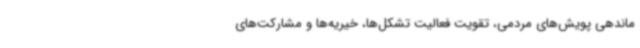
ماندهی پویش‌های مردمی، تقویت فعالیت تشکل‌ها، خیریه‌ها و مشارکت‌های